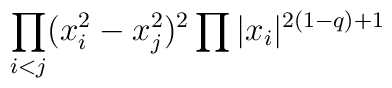
\displaystyle{\prod_{i<j}(x_{i}^{2} - x_{j}^{2} )^{2} \prod | x_{i}|^{2(1-q)+1}}